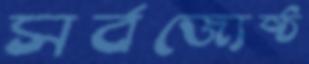
সর্বজ্যেষ্ঠ